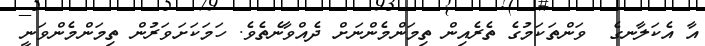
އާ އެކަލާނގެ  ވަންތަކަމުގެ ތެރެއިން ތިމަންމެންނަށް ދެއްވާނެތެވެ. ހަމަކަށަވަރުން ތިމަންމެންވަނީ